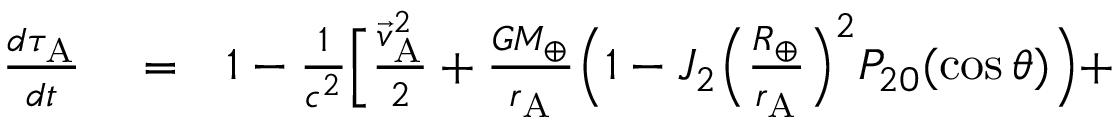
\begin{array} { r l r } { \frac { d \tau _ { \mathrm { A } } } { d t } } & { { } = } & { 1 - \frac { 1 } { c ^ { 2 } } \Big [ \frac { { \vec { v } } _ { \mathrm { A } } ^ { 2 } } { 2 } + \frac { G M _ { \oplus } } { r _ { \mathrm { A } } } \Big ( 1 - J _ { 2 } \Big ( \frac { R _ { \oplus } } { r _ { \mathrm { A } } } \Big ) ^ { 2 } P _ { 2 0 } ( \cos \theta ) \Big ) + } \end{array}